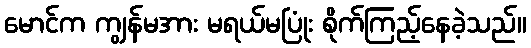
မောင်က ကျွန်မအား မရယ်မပြုံး စိုက်ကြည့်နေခဲ့သည်။